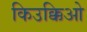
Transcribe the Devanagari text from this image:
किउक्किओ